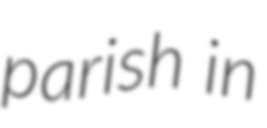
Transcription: parish in